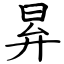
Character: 昪